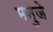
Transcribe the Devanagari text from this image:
मनुजे